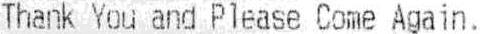
THANK YOU AND PLEASE COME AGAIN.